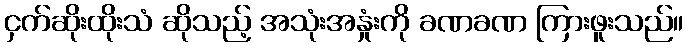
ငှက်ဆိုးထိုးသံ ဆိုသည့် အသုံးအနှုံးကို ခဏခဏ ကြားဖူးသည်။